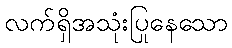
လက်ရှိအသုံးပြုနေသော